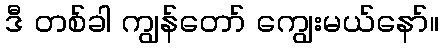
ဒီ တစ်ခါ ကျွန်တော် ကျွေးမယ်နော်။